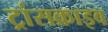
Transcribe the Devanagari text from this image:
ट्रांसक्राइव